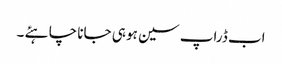
اب ڈراپ سین ہو ہی جانا چا ہئے ۔